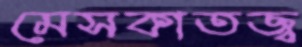
মেসকাতজ্ব